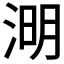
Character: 𣷠